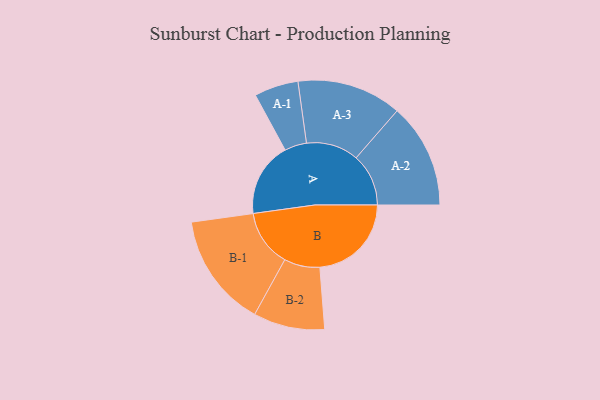
{"axis": {"x": "Segment", "y": "Value"}, "legend": ["", "A", "B"], "data": [{"x": "A", "y": 387, "type": ""}, {"x": "B", "y": 477, "type": ""}, {"x": "A-1", "y": 115, "type": "A"}, {"x": "A-2", "y": 273, "type": "A"}, {"x": "A-3", "y": 273, "type": "A"}, {"x": "B-1", "y": 297, "type": "B"}, {"x": "B-2", "y": 186, "type": "B"}]}